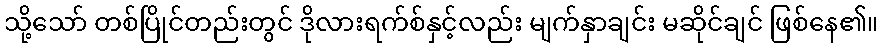
သို့သော် တစ်ပြိုင်တည်းတွင် ဒိုလားရက်စ်နှင့်လည်း မျက်နှာချင်း မဆိုင်ချင် ဖြစ်နေ၏။